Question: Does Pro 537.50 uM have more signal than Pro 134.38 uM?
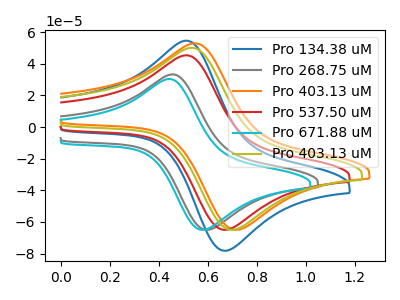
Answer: <think>The blue curve "Pro 134.38 uM" has an anodic peak at (0.50V, 54.65uA) and a cathodic peak at (0.70V, -78.10uA). The gray curve "Pro 268.75 uM" has an anodic peak at (0.45V, 33.35uA) and a cathodic peak at (0.60V, -64.90uA). The orange curve "Pro 403.13 uM" has an anodic peak at (0.55V, 52.95uA) and a cathodic peak at (0.75V, -64.90uA). The red curve "Pro 537.50 uM" has an anodic peak at (0.50V, 45.40uA) and a cathodic peak at (0.70V, -64.90uA). The cyan curve "Pro 671.88 uM" has an anodic peak at (0.45V, 30.40uA) and a cathodic peak at (0.60V, -64.90uA). The olive curve "Pro 403.13 uM" has an anodic peak at (0.55V, 50.15uA) and a cathodic peak at (0.70V, -64.90uA).
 All the peaks in "Pro 537.50 uM" have a peak in "Pro 134.38 uM" at the same potential. Every peak in "Pro 537.50 uM" is lower than every peak in "Pro 134.38 uM".</think>
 <answer>"Pro 537.50 uM" has less signal than "Pro 134.38 uM".</answer>
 <eval>less_signal</eval>